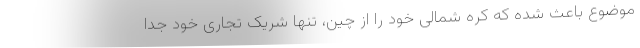
موضوع باعث شده که کره شمالی خود را از چین، تنها شریک تجاری خود جدا